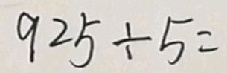
9 2 5 \div 5 =